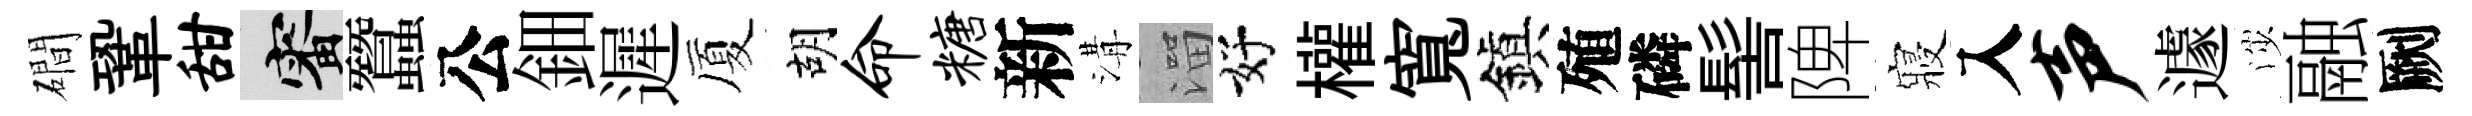
磵鞏甜審蠶公鈿遲厦胡命糖新溝溜好權寬鎭殖磷髻陴寢入声遽渉融劂